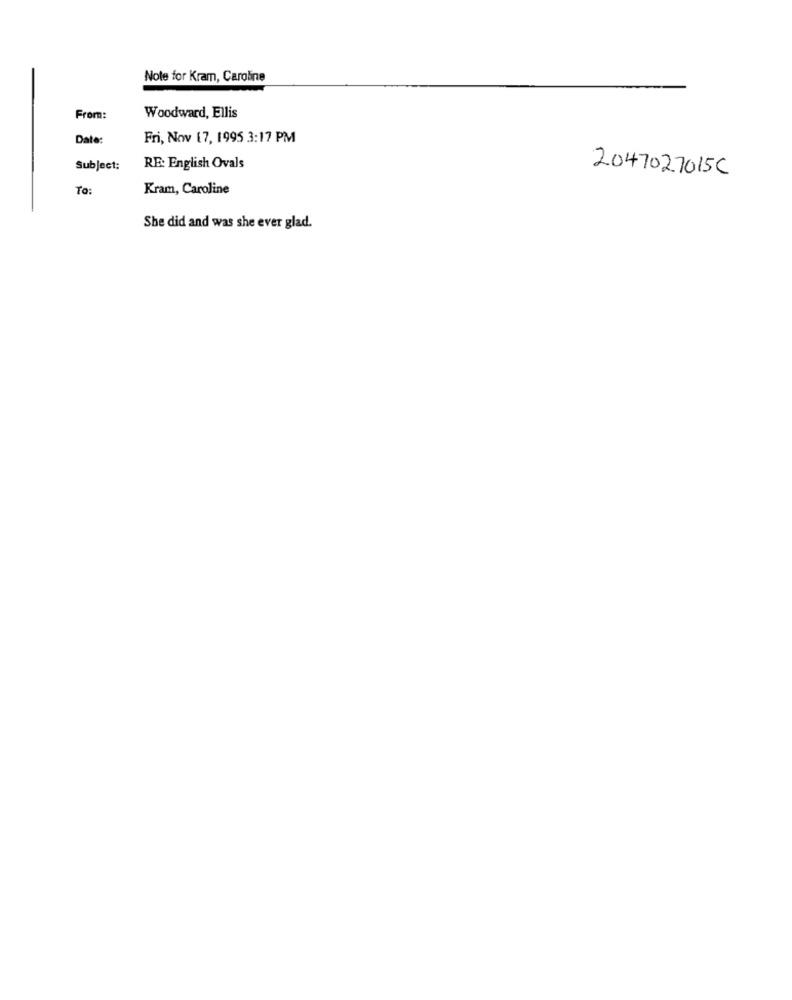
Note for Kram, Caroline
From:
Woodward, Ellis
Date:
Fri, Nov 17, 1995 3:17 PM
Subject:
RE: English Ovals
2047027015C
To:
Kram, Caroline
She did and was she ever glad.